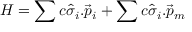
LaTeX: H = \sum c \hat { \sigma } _ { i } . \vec { p } _ { i } + \sum c \hat { \sigma } _ { i } . \vec { p } _ { m }